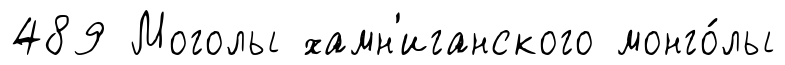
489 Моголы хамн'иганского монго́лы